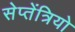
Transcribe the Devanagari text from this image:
सेप्तेंत्रियो